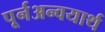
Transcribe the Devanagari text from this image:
पूर्नअन्वयार्थ